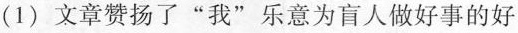
(1)文章赞扬了”我”乐意为盲人做好事的好